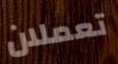
تعملان